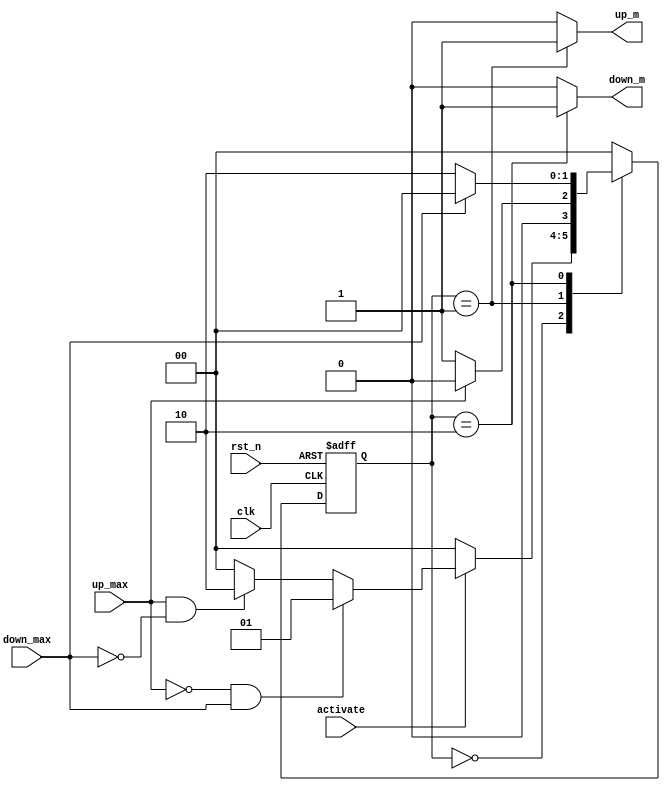
module Automatic_Garage_Door_Controller(
input up_max,down_max,
input activate,
input clk,rst_n,
output reg up_m,down_m

);

localparam IDLE = 3'b00,
           Mv_Up = 3'b01,
           Mv_Dn = 3'b10;


reg [1:0]current_state,next_state;

always @(posedge clk ,negedge rst_n ) begin
    if(!rst_n)
    current_state<=IDLE;
    else
    current_state<=next_state;
end



always @(*) begin
    case (current_state)
        IDLE:begin
            if(!activate)
            next_state=IDLE;
            else  begin
            if( !up_max && down_max)
            next_state=Mv_Up;
            else if(up_max && !down_max)
            next_state=Mv_Dn;
            else 
            next_state=IDLE;
            end
        end
        Mv_Up:begin
            if(up_max)
            next_state=IDLE;
            else 
            next_state=Mv_Up;             
        end
        Mv_Dn:begin
             if(down_max)
            next_state=IDLE;
            else 
            next_state=Mv_Dn;            
        end 
        default: next_state=IDLE;
    endcase
end


always @(*) begin
    up_m=0;
    down_m=0;
    case (current_state)
        IDLE:begin
          up_m=0;
          down_m=0;
        end
        Mv_Up:
          up_m=1;
        Mv_Dn:
          down_m=1;  
        default:begin
          up_m=0;
          down_m=0;  
        end
    endcase
end



endmodule